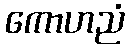
ကောဟညံ